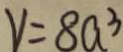
v = 8 a ^ { 3 }